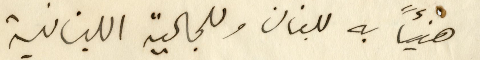
هنيئاً به للبنان وللجالية اللبنانية